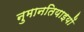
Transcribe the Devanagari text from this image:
नुमानतियाइयों